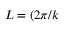
L = ( 2 \pi / k